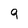
Character: 9